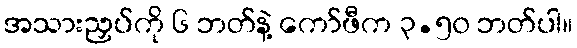
အသားညှပ်ကို ၆ ဘတ်နဲ့ ကော်ဖီက ၃.၅၀ ဘတ်ပါ။